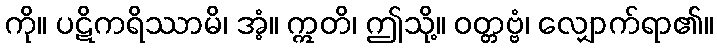
ကို။ ပဋိကရိဿာမိ၊ အံ့။ ဣတိ၊ ဤသို့။ ဝတ္တဗ္ဗံ၊ လျှောက်ရာ၏။